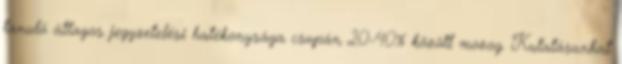
tanuló átlagos jegyzetelési hatékonysága csupán 20-40% között mozog. Kutatásunkat